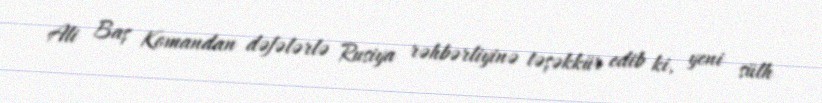
Ali Baş Komandan dəfələrlə Rusiya rəhbərliyinə təşəkkür edib ki, yeni sülh